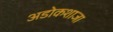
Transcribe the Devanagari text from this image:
अडोकशाजा